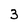
Character: 3